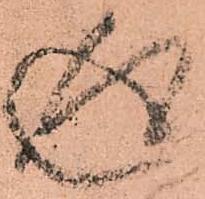
返